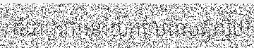
គឺជាជាការនាំយកលែងសត្វល្មិច